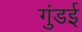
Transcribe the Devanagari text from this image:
गुंडई